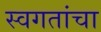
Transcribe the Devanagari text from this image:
स्वगतांचा